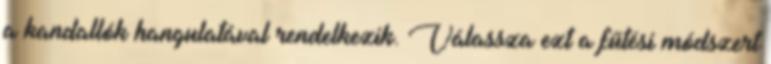
a kandallók hangulatával rendelkezik. Válassza ezt a fűtési módszert